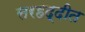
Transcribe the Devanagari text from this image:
सरहद्दीत